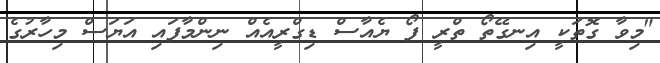
"މިވާ ގޮތަކީ އިނގޭތޯ ތްރީ ފޯ ޔެއާސް ޑިގްރީއެއް ނިންމާފައި އަަޔަސް މިހާރުގެ